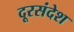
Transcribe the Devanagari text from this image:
दूरसंदेश